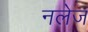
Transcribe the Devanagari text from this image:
नलेज